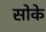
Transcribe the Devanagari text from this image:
सोके